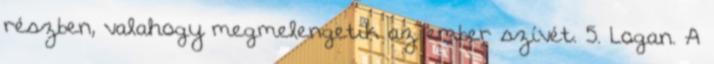
részben, valahogy megmelengetik az ember szívét. 5. Logan. A